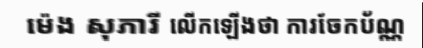
ម៉េង សុភារី លើកឡើងថា ការចែកប័ណ្ណ